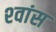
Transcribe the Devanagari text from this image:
श्‍वांस